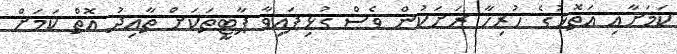
ކަމަށާއި އަތޮޅުގެ ހުރިހާ ރަށަކުން ވެސް ގުޅިފައިވާ ޕާޓީތަކަށް ތާއިދު އޮތް ކަމަށް